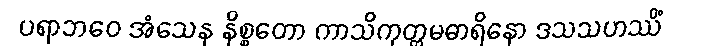
ပရာဘဝေ အံသေန နိစ္စတော ကာသိကုတ္တမဓာရိနော ဒသသဟဿိံ